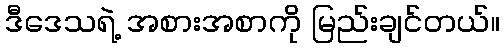
ဒီဒေသရဲ့ အစားအစာကို မြည်းချင်တယ်။